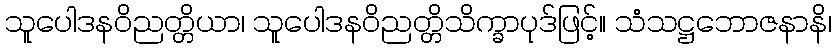
သူပေါဒနဝိညတ္တိယာ၊ သူပေါဒနဝိညတ္တိသိက္ခာပုဒ်ဖြင့်။ သံသဋ္ဌဘောဇနာနိ၊